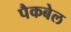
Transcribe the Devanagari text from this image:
पैकबेल